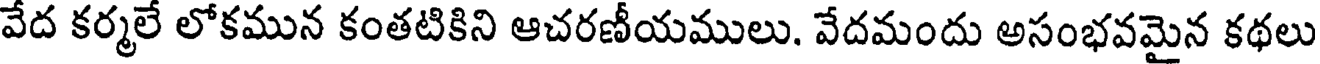
వేద కర్మలే లోకమున కంతటికిని ఆచరణీయములు. వేదమందు అసంభవమైన కథలు